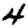
Digit: 4